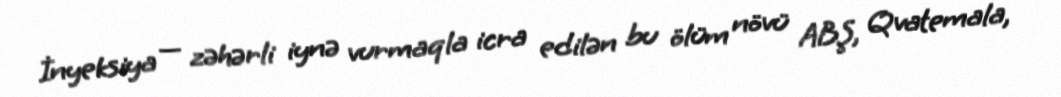
İnyeksiya — zəhərli iynə vurmaqla icra edilən bu ölüm növü ABŞ, Qvatemala,